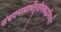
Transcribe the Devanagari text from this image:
संचयनस्यार्थेतृतीयंश्राद्धमिष्यते